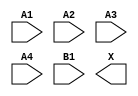
module sky130_fd_sc_ms__a41o (
    //# {{data|Data Signals}}
    input  A1,
    input  A2,
    input  A3,
    input  A4,
    input  B1,
    output X
);

    // Voltage supply signals
    supply1 VPWR;
    supply0 VGND;
    supply1 VPB ;
    supply0 VNB ;

endmodule